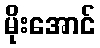
မိုးအောင်